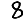
Digit: 8